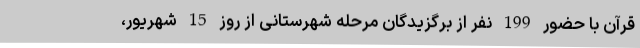
قرآن با حضور 199 نفر از برگزیدگان مرحله شهرستانی از روز 15 شهریور،